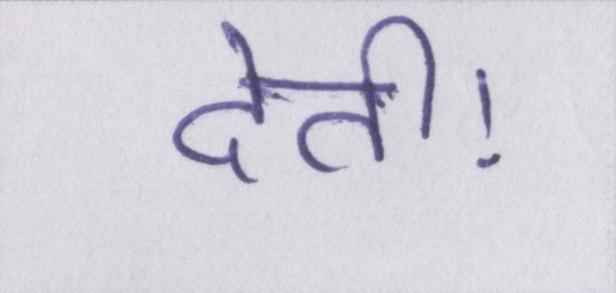
देती।